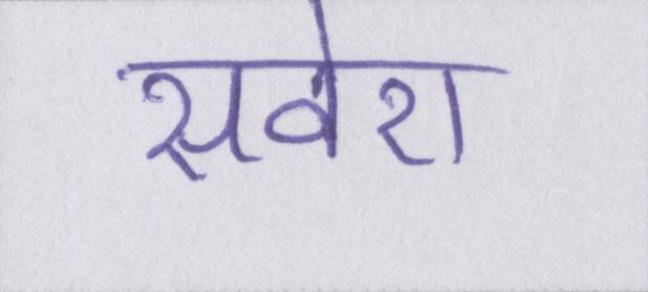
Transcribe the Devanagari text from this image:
सवेरा